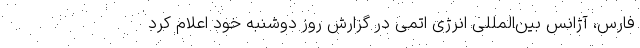
فارس، آژانس بین‌المللی انرژی اتمی در گزارش روز دوشنبه خود اعلام کرد